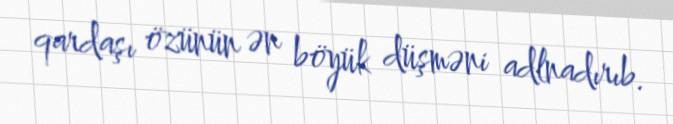
qardaşı özünün ən böyük düşməni adlnadırıb.